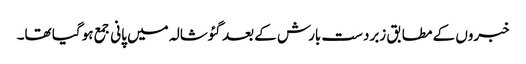
خبروں کے مطابق زبردست بارش کے بعد گئوشالہ میں پانی جمع ہو گیا تھا۔